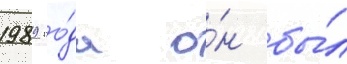
1989 го́да о́н бы́л